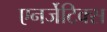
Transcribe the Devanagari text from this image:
एनर्जेटिक्स